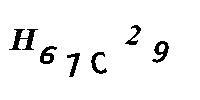
H67C29